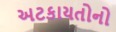
અટકાયતોનો